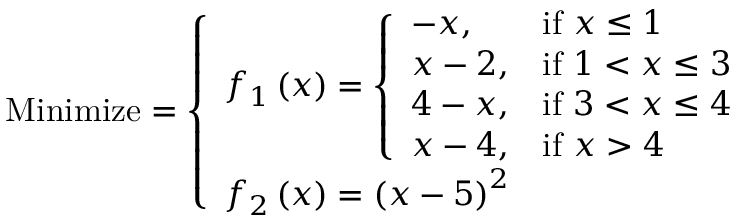
{ \mathrm { M i n i m i z e } } = { \left\{ \begin{array} { l l } { f _ { 1 } \left( x \right) = { \left\{ \begin{array} { l l } { - x , } & { { \mathrm { i f ~ } } x \leq 1 } \\ { x - 2 , } & { { \mathrm { i f ~ } } 1 < x \leq 3 } \\ { 4 - x , } & { { \mathrm { i f ~ } } 3 < x \leq 4 } \\ { x - 4 , } & { { \mathrm { i f ~ } } x > 4 } \end{array} \right. } } \\ { f _ { 2 } \left( x \right) = \left( x - 5 \right) ^ { 2 } } \end{array} \right. }